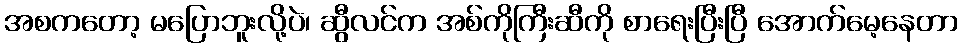
အစကတော့ မပြောဘူးလို့ပဲ၊ ဆွီလင်က အစ်ကိုကြီးဆီကို စာရေးပြီးပြီ အောက်မေ့နေတာ